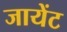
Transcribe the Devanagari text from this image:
जायेंट